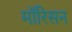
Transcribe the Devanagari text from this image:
मॉरिसन